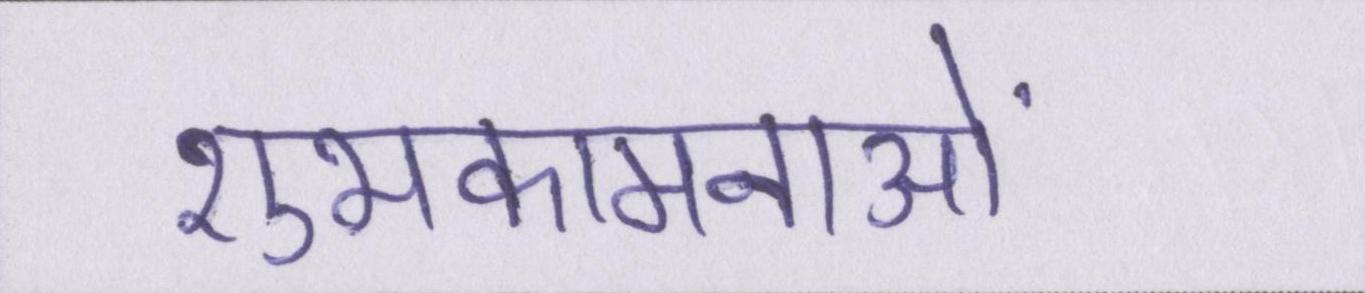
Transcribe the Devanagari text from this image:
शुभकामनाओं